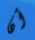
أن